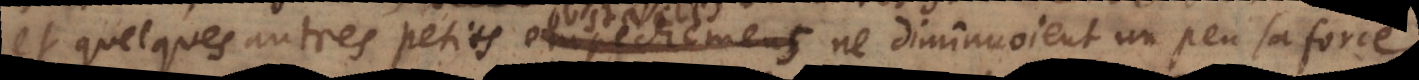
et quelques autres petits empechements ne diminuoient un peu sa force